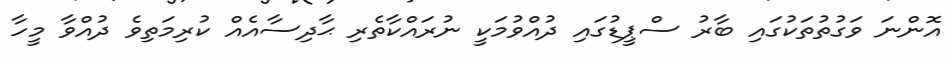
އޮންނަ ވަގުތުތަކުގައި ބާރު ސްޕީޑުގައި ދުއްވުމަކީ ނުރައްކާތެރި ޙާދިސާއެއް ކުރިމަތިވެ ދުއްވާ މީހާ